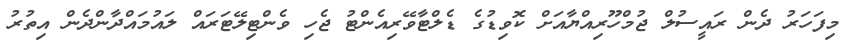
މިފަހަރު ދެން ރައީސުލް ޖުމްހޫރިއްޔާއަށް ކޮވިޑުގެ ޑެލްޓާވޭރިއެންޓު ޖެހި ވެންޓިލޭޓަރައް ލައުމައްދާންދެން އިތުރު